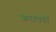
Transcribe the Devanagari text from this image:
जमावडों